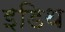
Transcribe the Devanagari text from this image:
इडिथ